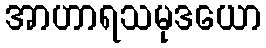
အာဟာရသမုဒယော